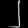
Digit: ၂